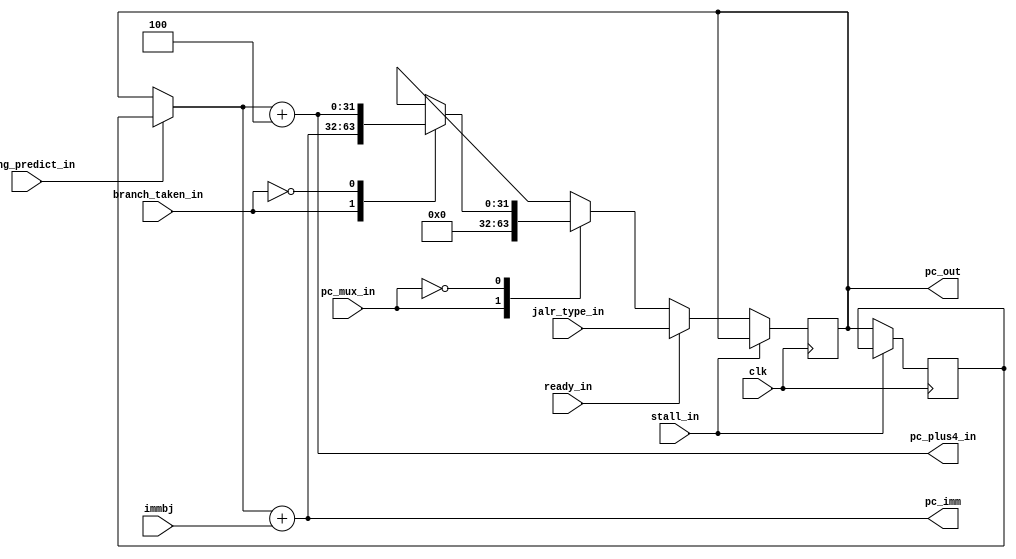

/*
module prog_counter(clk,immbj,jt,pcmux,pc);

input [31:0]immbj,jt;
input clk;
input [1:0]pcmux;
output reg[31:0] pc;

always@(posedge clk)
begin
   case(pcmux)
	   
	  2'b11 : pc = pc + 4;
	  
	  2'b10 : pc = pc + immbj;

	  2'b01 : pc = jt;
	   
	  2'b00 : pc = 32'h0000_0000;
	  
	  default: pc = pc + 4;
   endcase
end
endmodule
*/

/*
module prog_counter(reset_in,pc_mux,trap_ret_in,jt,ready_in,trap_address_in,branch_in,pc_plus_4_out,pc_in,misaligned_instr_out,pc_out,pc_mux_out);
	
input [31:0]	jt,trap_ret_in,trap_address_in,pc_in;
input reset_in,branch_in,ready_in;
input [1:0] pc_mux;
output [31:0] pc_out,pc_plus_4_out;
output [31:0] pc_mux_out;
output misaligned_instr_out;
reg [31:0] pc_mux_intermediate;
wire [31:0] pc_plus_4_intermediate,inter_pc,next_pc;

parameter Boot_addr = 32'h0000_0000;

assign pc_plus_4_intermediate = pc_in + 4;
assign pc_plus_4_out = pc_plus_4_intermediate;
assign next_pc = (branch_in)? jt: pc_plus_4_intermediate;

always@(branch_in or pc_plus_4_intermediate or jt )
begin

case(branch_in)

1'b0:	next_pc = pc_plus_4_intermediate;

1'b1:	next_pc = jt;

endcase
end

always@(pc_mux or next_pc or trap_address_in or trap_ret_in)
begin

case(pc_mux)

2'b00:	pc_mux_intermediate = Boot_addr;

2'b01:	pc_mux_intermediate = trap_ret_in;

2'b10:	pc_mux_intermediate = trap_address_in;

2'b11:	pc_mux_intermediate = next_pc;

default: pc_mux_intermediate = Boot_addr;
endcase
end

assign pc_mux_out = pc_mux_intermediate;
assign inter_pc = (ready_in) ? pc_mux_intermediate : pc_out;

assign pc_out = (reset_in)? Boot_addr : inter_pc;

assign misaligned_instr_out = next_pc[1] & branch_in;

endmodule
*/
/*
module prog_count(pc_mux,add_mux,clk,immbj,trap_ret_in,trap_address_in,pc_plus_4_out,pc);

input [1:0] pc_mux,add_mux;
input clk;
input [31:0] immbj,trap_ret_in,trap_address_in;

output [31:0] pc_plus_4_out,pc;
wire [31:0] add_intermed;
reg [31:0] pc_intermed;
parameter plus_4_in = 32'h0000_0004;
//always@(add_mux or )

//assign add_intermed = (add_mux)? immbj : 32'h0000_0004;
always@(add_mux or immbj)

assign addr_in = add_intermed;
assign pc_plus_4_out = add_intermed;

always@(pc_mux or jt or immbj or trap_ret_in or trap_address_in)
begin

case(pc_mux)

	2'b00:	pc_intermed = 32'h0000_0000;

	2'b01:	pc_intermed = trap_ret_in;

	2'b10:	pc-intermed = trap_address_in;

	2'b11:	pc-intermed = addr_in;

endcase
end


endmodule
*/
module prog_counter(clk,jalr_type_in,immbj,stall_in,pc_mux_in,branch_taken_in,ready_in,wrong_predict_in,pc_plus4_in,pc_imm,pc_out);

input [31:0] jalr_type_in,immbj;
input stall_in,pc_mux_in,branch_taken_in,ready_in,wrong_predict_in,clk;
output [31:0] pc_plus4_in,pc_imm;
output reg [31:0] pc_out;
reg [31:0] pc_inter_out,next_pc,pc_mux_out,pc_enter,pc_stall_out,reg_pc;

parameter boot_addr = 32'h0000_0000;
//assign branch_mux_in = (branch_taken_in)
//branch_taken => predict unit
// branch => branch unit
assign pc_plus4_in 	=  pc_enter + 4;
assign pc_imm 		=  pc_enter + immbj;

always@(branch_taken_in or pc_imm or pc_plus4_in)
begin
case(branch_taken_in)
1'b1:next_pc = pc_imm;
1'b0:next_pc = pc_plus4_in;
default:next_pc = pc_plus4_in;
endcase
end/*
if(branch_taken_in)
   next_pc = pc_imm;
else
   next_pc = pc_plus4_in;
end
*/
always@(pc_mux_in or next_pc)
begin
case(pc_mux_in)
1'b1:pc_inter_out = boot_addr;
1'b0:pc_inter_out = next_pc;
default:pc_inter_out = next_pc;
endcase
end/*
if(pc_mux_in)
   pc_inter_out = boot_addr;
else
   pc_inter_out = next_pc;
end
*/

always@(ready_in or jalr_type_in or pc_inter_out)
begin
if(ready_in)
   pc_mux_out = jalr_type_in;
else
   pc_mux_out = pc_inter_out;
end


always@(stall_in or pc_out or pc_mux_out)
begin
if(stall_in)
   pc_stall_out = pc_out;
else
   pc_stall_out = pc_mux_out;
end

always@(posedge clk)
begin
if(stall_in)
begin
reg_pc <= reg_pc;
end
else
begin
reg_pc <= pc_out;
end
pc_out <= pc_stall_out;

end

always@(wrong_predict_in or reg_pc or pc_out)
begin
if(wrong_predict_in)
   pc_enter = reg_pc;
else
   pc_enter = pc_out;
end

endmodule





module jalr_type_adder(reg_1,imm,jalr_out);//to pc

input [31:0] reg_1,imm;
output [31:0] jalr_out;
wire [31:0] jalr_inter;

assign jalr_inter = reg_1 + imm;
assign jalr_out = {jalr_inter,1'b0};

endmodule